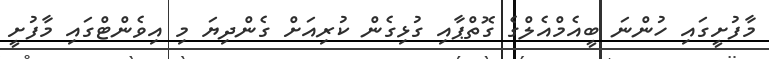
މާފުށީގައި ހުންނަ ބީއެމްއެލްގެ ގޮތްޕާއި ގުޅިގެން ކުރިއަށް ގެންދިޔަ މި އިވެންޓްގައި މާފުށީ